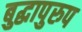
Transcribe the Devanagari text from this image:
बुद्धापुरुप